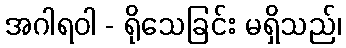
အဂါရဝါ - ရိုသေခြင်း မရှိသည်၊